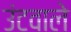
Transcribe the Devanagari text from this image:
उंटवाले